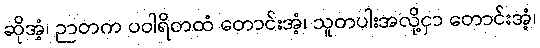
ဆိုအံ့၊ ဉာတက ပဝါရိတထံ တောင်းအံ့၊ သူတပါးအလို့ငှာ တောင်းအံ့၊